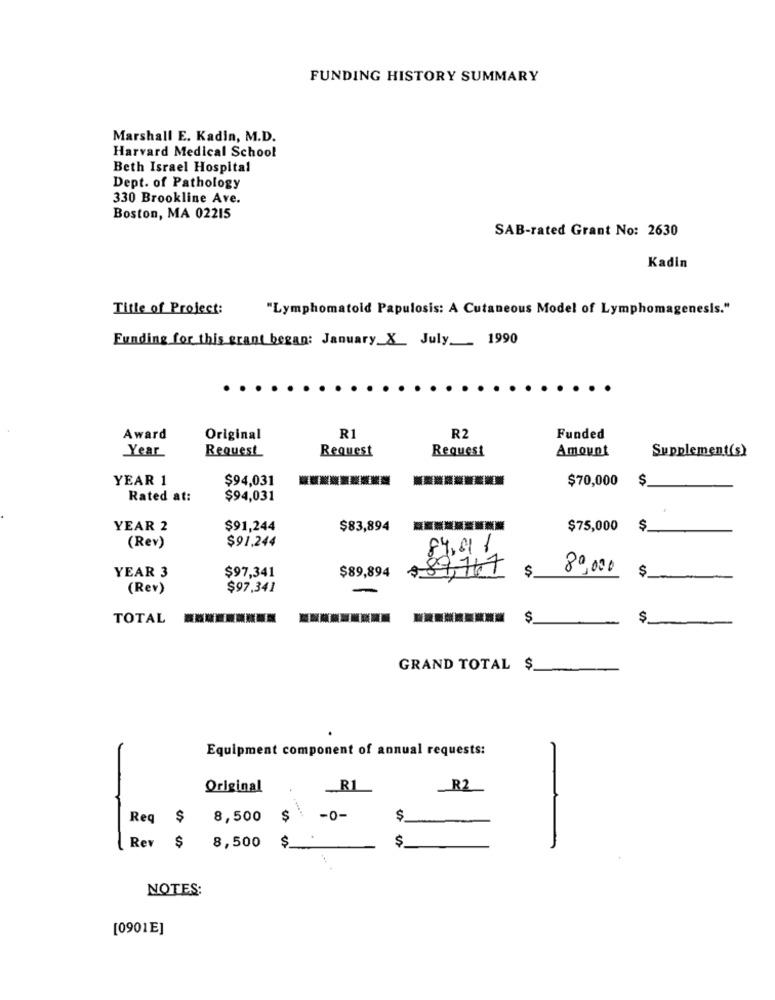
FUNDING HISTORY SUMMARY
Marshall E. Kadin, M.D.
Harvard Medical School
Beth Israel Hospital
Dept. of Pathology
330 Brookline Ave.
Boston, MA 02215
SAB-rated Grant No: 2630
Kadin
Title of Project:
"Lymphomatold Papulosis: A Cutaneous Model of Lymphomaget
Funding for this grant began: January X July 1990
Award
Original
R1
R2
Funded
Year
Request
Request
Amount
Supplement(s)
Request
YEAR 1
$94,031
$70,000
$
Rated at:
$94,031
YEAR 2
$91,244
$83,894
$75,000
$
$91.244
(Rev)
84.91 /
89
S
80,000
$
YEAR 3
$97,341
$89,894
(Rev)
$97.341
TOTAL
$
GRAND TOTAL$
Equipment component of annual requests:
Original
-RL
R2
Req $ 8,500
$
-0-
$
.
$
-
Rev $
8,500
NOTES:
[0901E]